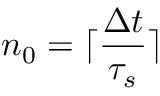
n _ { 0 } = \lceil \frac { \Delta t } { \tau _ { s } } \rceil